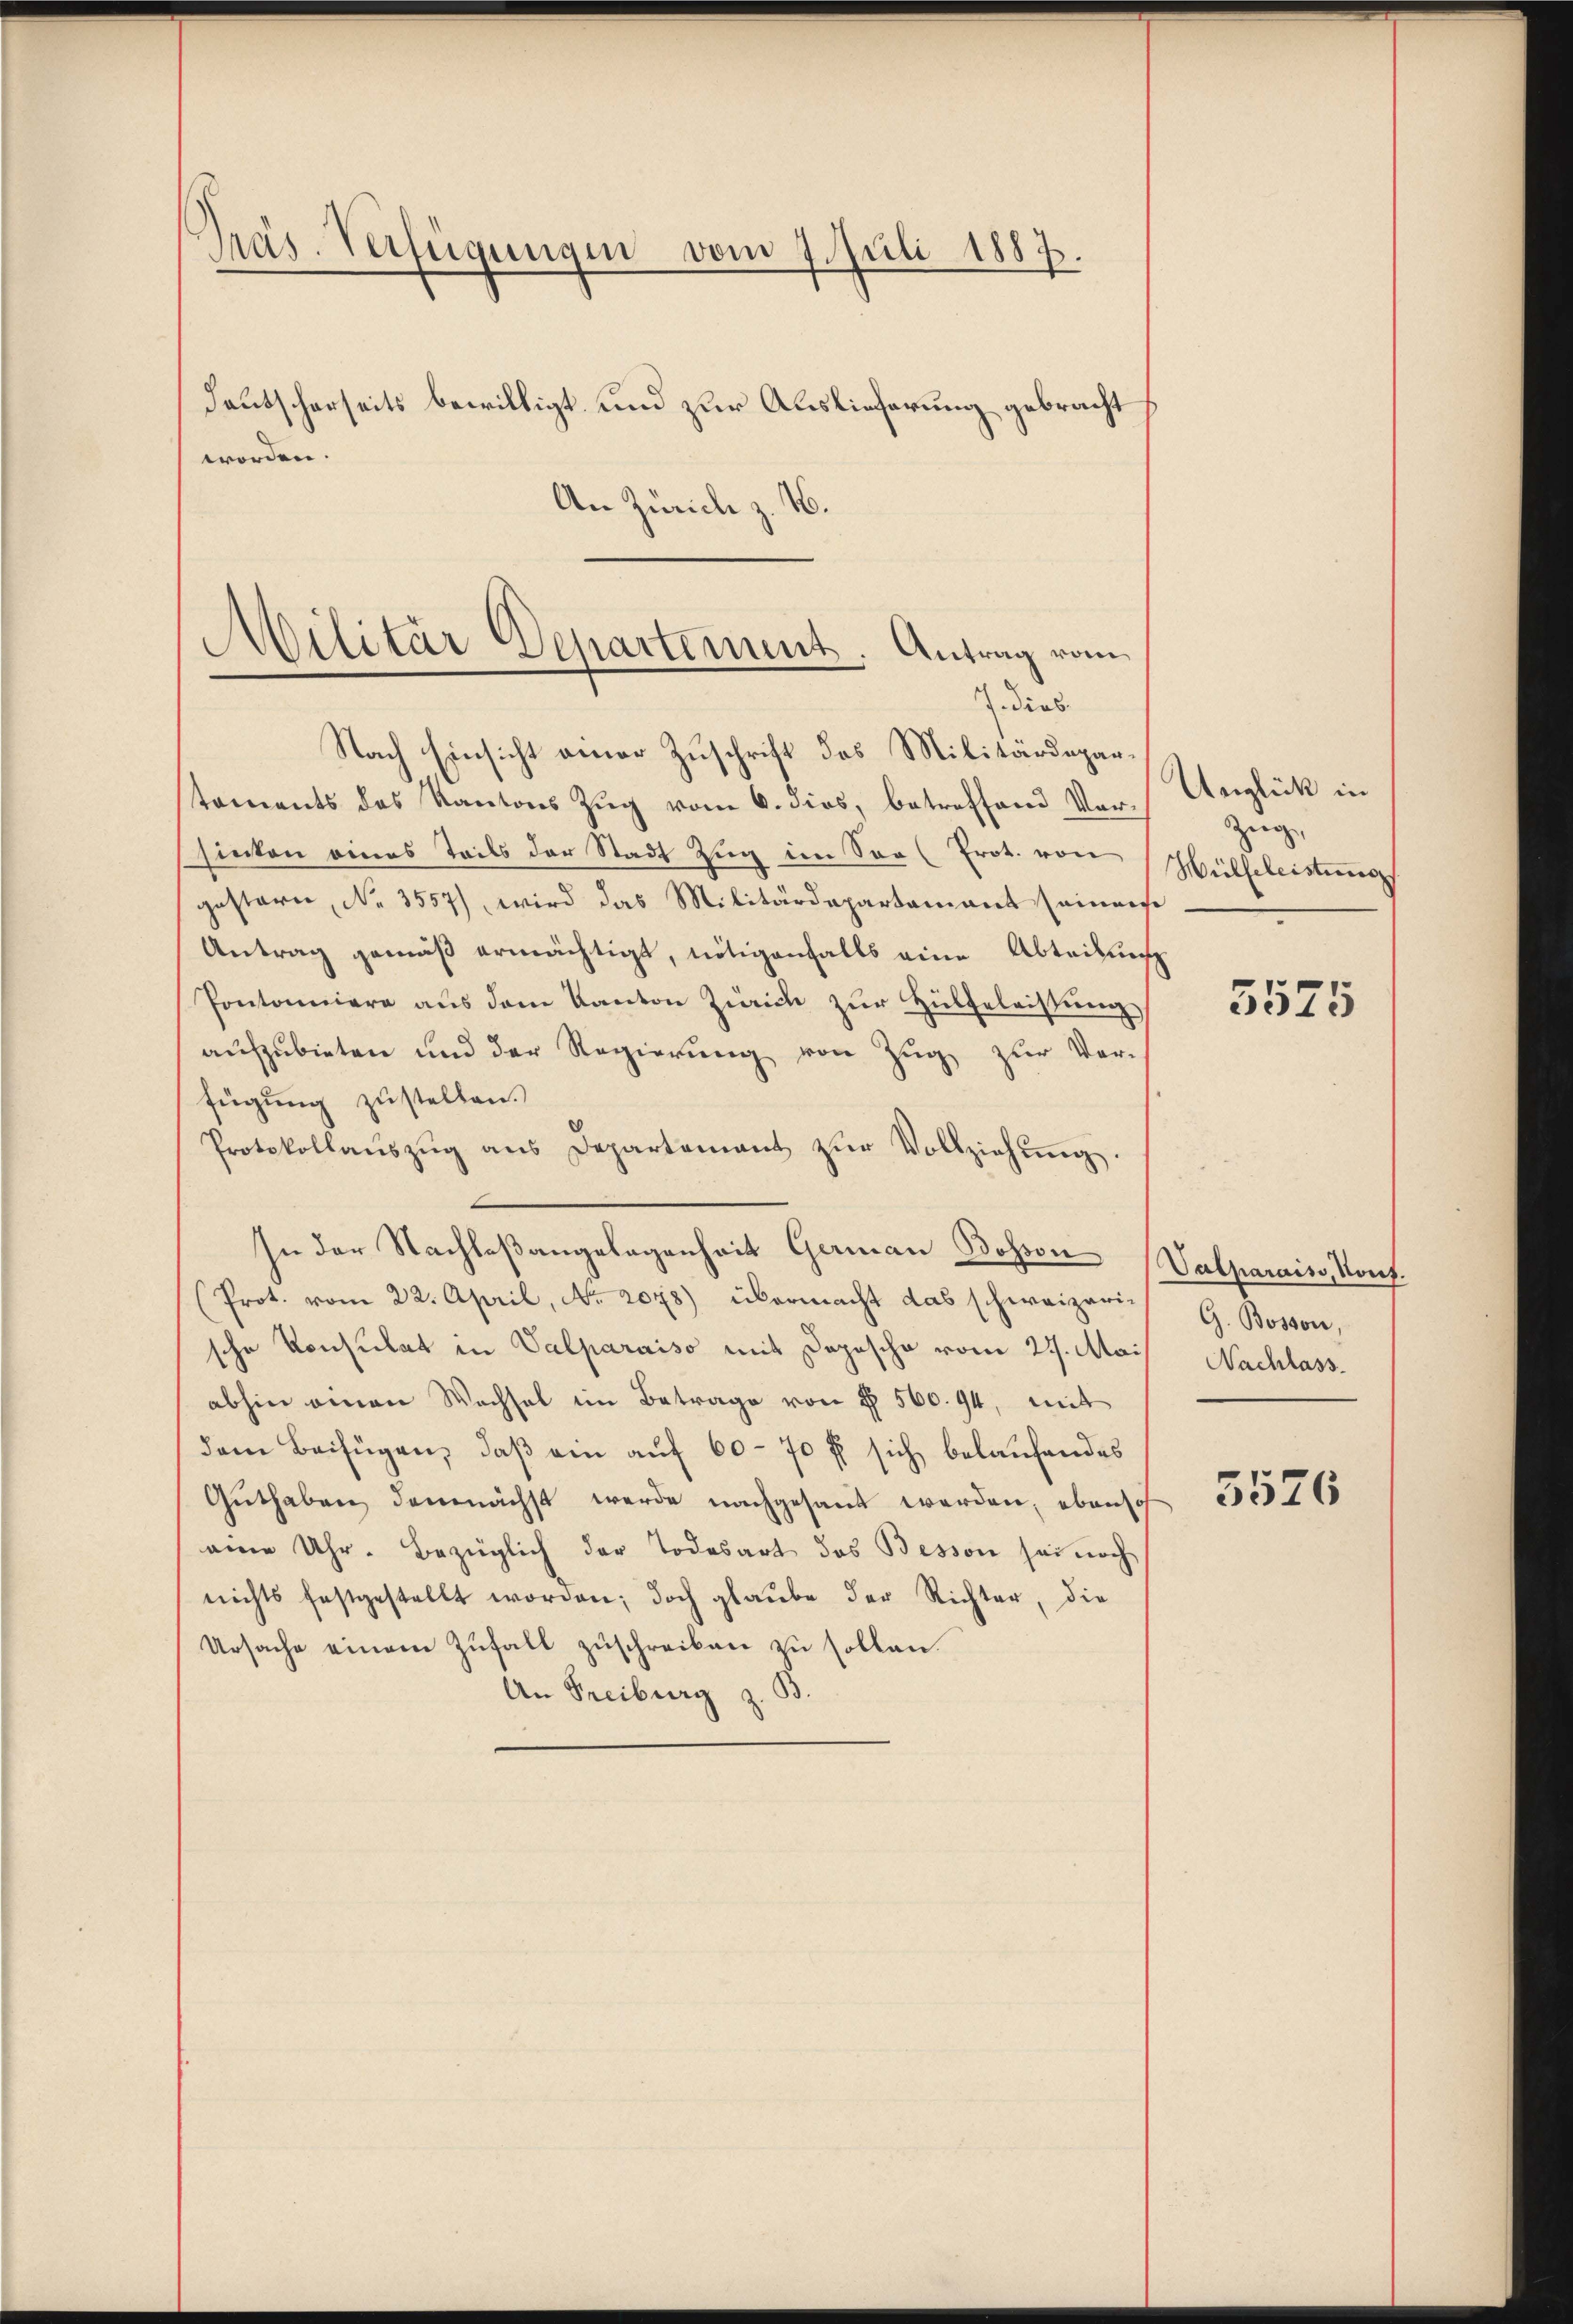
Präs. Verfügungen vom 7. Juli 1887.
deutscherseits bewilligt und zur Auslieferung gebracht
worden.

7 dies

An Zürich z. B.
Militär Departement. Antrag vom

Nach Einsicht einer Zuschrift des Militärdepartoments des Kantons Zŭg vom 6. dies, betreffend Vor-
sinten eines Teils der Stadt Zug im Soo (Prot. von
gestern, No. 3557), wird das Militärdepartamant seinerse
Antrag gemäß ermächtigt, nötigenfalls eine Abteilung
Pontonniere aus dem Kanton Zürich zur Hülfeleistung
aufzubieten und der Regierung von Zug zur Ver-
fügung zustellen.
Protokollaŭszŭg ans Departement zŭr Vollziehŭng.
In der Nachlaßangelegenheit German Bosson (Valparais, Konf.
(Prot. vom 22. April, No. 2078) übermacht das schweizerische Konsulat in Valparaiso mit Depesche vom 27. Mai
abhin einen Wechsel im Betrage von § 560. 94, mit
dem Beifügen, daß ein auf 60 - 70 ff sich belaufendes
Gŭthaben demnächst werde nachgesandt werden; ebensoh
eine Uhr. Bezüglich der Todesart das Bessen sei noch
nichts festgestellt worden; doch glaŭbe der Richter, die
Ursache einem Zufall zuschreiben zu sollen.
An Freiburg z.

Unglück in
Zeig
Hülfeleistung

5525

G. Bosson,
Nachlass.

5576